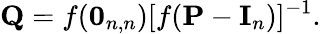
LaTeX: \mathbf{Q}=f(\mathbf{0}_{n,n})[f(\mathbf{P}-\mathbf{I}_{n})]^{-1}.